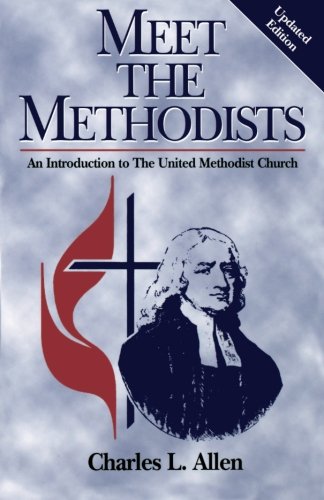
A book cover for Meet the Methodists Revised: An Introduction to the United Methodist Church; Charles L. Allen; Christian Books & Bibles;